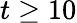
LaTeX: t\geq 10